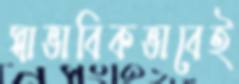
স্বাভাবিকভাবেই